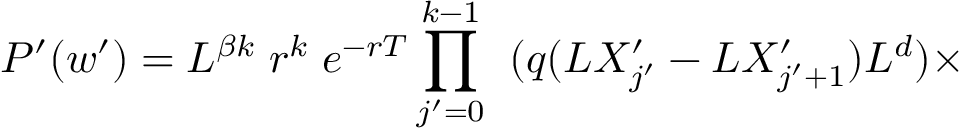
P ^ { \prime } ( w ^ { \prime } ) = L ^ { \beta k } \; r ^ { k } \; e ^ { - r T } \prod _ { j ^ { \prime } = 0 } ^ { k - 1 } \; \; ( q ( L X _ { j ^ { \prime } } ^ { \prime } - L X _ { j ^ { \prime } + 1 } ^ { \prime } ) L ^ { d } ) \times